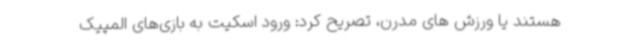
هستند یا ورزش های مدرن، تصریح کرد: ورود اسکیت به بازی‌های المپیک